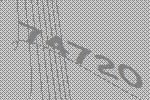
74720